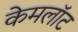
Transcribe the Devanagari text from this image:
केमलॉट